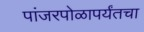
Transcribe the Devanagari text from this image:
पांजरपोळापर्यंतचा